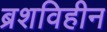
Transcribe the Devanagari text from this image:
ब्रशविहीन